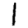
Digit: 1